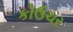
કોઉચર